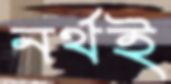
নর্থই